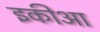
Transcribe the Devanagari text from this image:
इकीआ